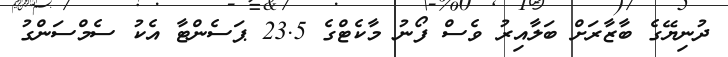
ދުނިޔޭގެ ބާޒާރަށް ބަލާއިރު ވެސް ފޯނު މާކެޓްގެ 23.5 ޕަސެންޓާ އެކު ސެމްސަންގު